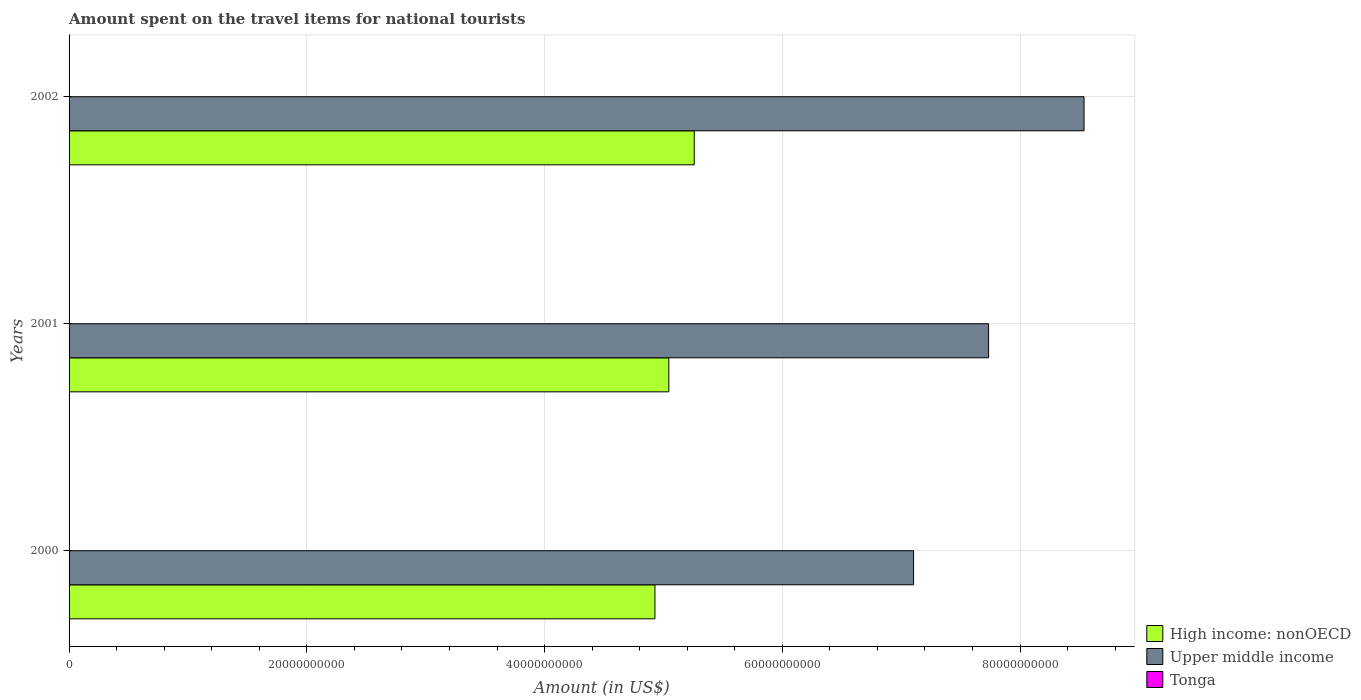
| Years | High income: nonOECD | Upper middle income | Tonga |
 | --- | --- | --- | --- |
 | 2000 | 4.93e+10 | 7.1e+10 | 7e+06 |
 | 2001 | 5.05e+10 | 7.74e+10 | 6.8e+06 |
 | 2002 | 5.26e+10 | 8.54e+10 | 5.9e+06 |